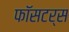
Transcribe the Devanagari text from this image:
फॉसटर्स